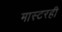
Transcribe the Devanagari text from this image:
मास्टरही